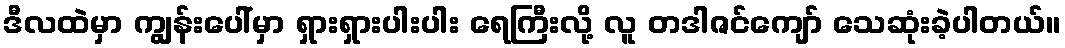
ဒီလထဲမှာ ကျွန်းပေါ်မှာ ရှားရှားပါးပါး ရေကြီးလို့ လူ တဒါဇင်ကျော် သေဆုံးခဲ့ပါတယ်။